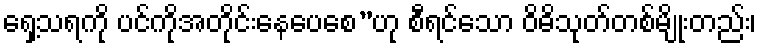
ရှေ့သရကို ပင်ကိုအတိုင်းနေပေစေ”ဟု စီရင်သော ဝိဓိသုတ်တစ်မျိုးတည်း၊